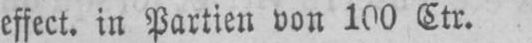
effect. in Partien von 100 Ctr.